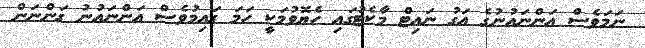
ނަމަވެސް އަންނައުނުގެ އަގު ނައިޓް މާކެޓުގައި ހެޔޮވުމަކީ ހަމަ ގައިމުވެސް އަންނައުނު ގަންނަން